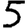
Digit: 5